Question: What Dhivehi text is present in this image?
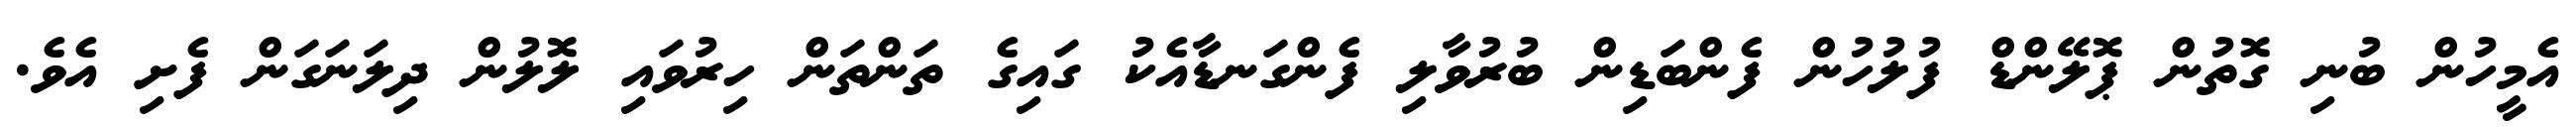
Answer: އެމީހުން ބުނި ގޮތުން ޕޮލޭންޑް ފުލުހުން ފެންބަޑިން ބުރުވާލި ފެންގަނޑާއެކު ގައިގެ ތަންތަން ހިރުވައި ލޮލުން ދިލަނަގަން ފެށި އެވެ.